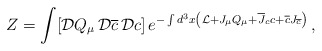
\begin{align*}Z = \int [{\cal D} Q_\mu \, {\cal D}\overline{c} \, {\cal D}c] \, e ^ { -\int d^3x \left( {\cal L} + J_\mu Q_\mu + \overline{J}_c c + \overline{c} J_{\overline c} \right) } \, ,\end{align*}